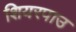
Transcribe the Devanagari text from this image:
शियरपाउ